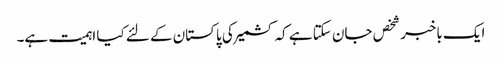
ایک باخبر شخص جان سکتا ہے کہ کشمیر کی پاکستان کے لئے کیا اہمیت ہے۔